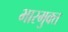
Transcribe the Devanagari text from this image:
भारमुक्त